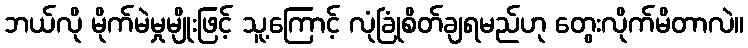
ဘယ်လို မိုက်မဲမှုမျိုးဖြင့် သူ့ကြောင့် လုံခြုံစိတ်ချရမည်ဟု တွေးလိုက်မိတာလဲ။